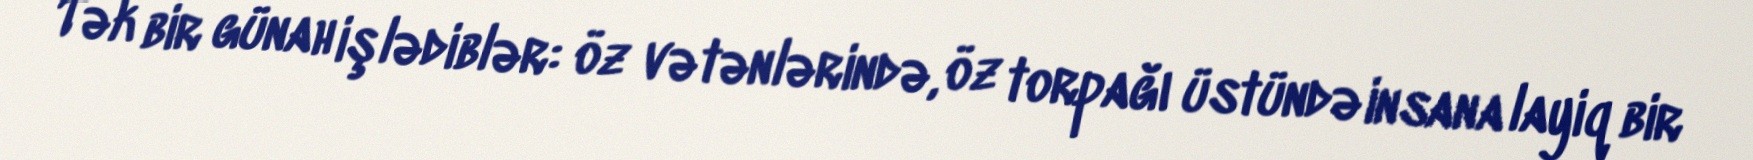
Tək bir günah işlədiblər: öz vətənlərində, öz torpağı üstündə insana layiq bir